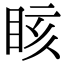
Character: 䀭